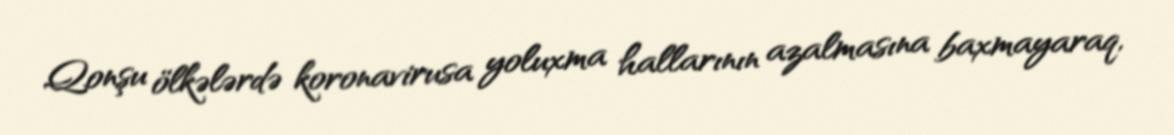
Qonşu ölkələrdə koronavirusa yoluxma hallarının azalmasına baxmayaraq,